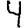
Digit: 4